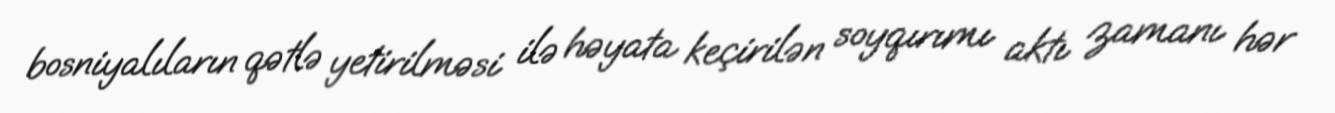
bosniyalıların qətlə yetirilməsi ilə həyata keçirilən soyqırımı aktı zamanı hər